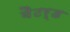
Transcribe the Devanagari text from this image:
बैटर्ड